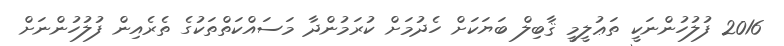
2016 ފުލުހުންނަކީ ތަޢުލީމީ ޤާބިލް ބަޔަކަށް ހެދުމަށް ކުރަމުންދާ މަސައްކަތްތަކުގެ ތެރެއިން ފުލުހުންނަށް